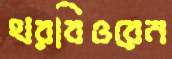
থরবিওরেন